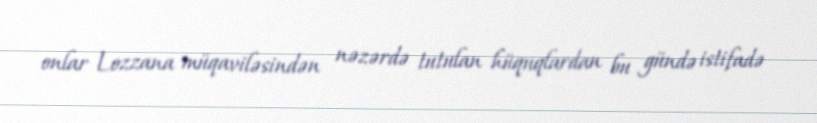
onlar Lozzana müqaviləsindən nəzərdə tutulan hüquqlardan bu gündə istifadə